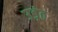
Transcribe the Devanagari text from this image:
उड़ंत